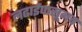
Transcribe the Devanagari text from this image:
लढाईपासूनच